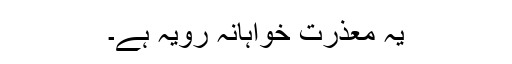
یہ معذرت خواہانہ رویہ ہے۔